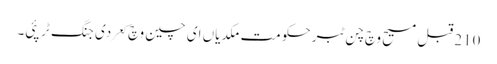
210 قبل مسیح وچ چن ٹبر حکومت مکدیاں ای چین وچ کعر دی جنگ ٹر پئی۔